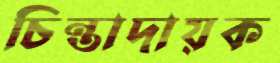
চিন্তাদায়ক